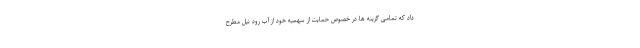
داد که تمامی گزینه ها در خصوص حمایت از سهمیه خود از آب رود نیل مطرح